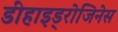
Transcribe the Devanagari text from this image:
डीहाइड्रोजिनेस